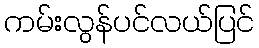
ကမ်းလွန်ပင်လယ်ပြင်